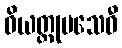
ဝိယတ္ထုပသေဝီ